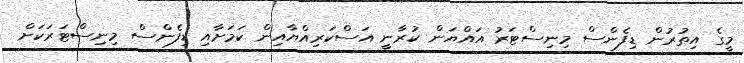
މީގެ އިތުރުން ޑިފެންސް މިނިސްޓަރު އައްޔަން ކުރާނީ އަސްކަރިއްޔާއިން ކަމަށާއި ޑިފެންސް މިނިސްޓަރަކަށް